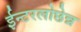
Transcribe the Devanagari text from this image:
ईन्टरलोछेन्न